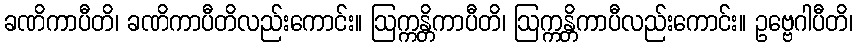
ခဏိကာပီတိ၊ ခဏိကာပီတိလည်းကောင်း။ ဩက္ကန္တိကာပီတိ၊ ဩက္ကန္တိကာပီလည်းကောင်း။ ဥဗ္ဗေဂါပီတိ၊